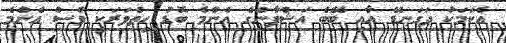
އެކަމަކު ދަގަނޑޭ އާއި ބޭބެ އަޝްފާންގެ އެންމެ ބޮޑު ހިތްވަރަކީ ވެސް އެންމެ